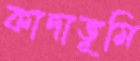
কাদাভূমি